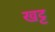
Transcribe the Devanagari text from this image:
खट्ट